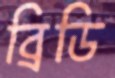
ব্রিডি